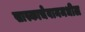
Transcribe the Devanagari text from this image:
सास्काचेवानमधील